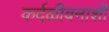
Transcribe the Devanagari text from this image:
कर्दळीवनाशी